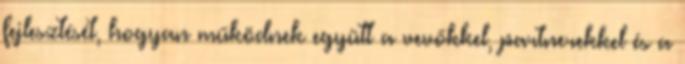
fejlesztését, hogyan működnek együtt a vevőkkel, partnerekkel és a